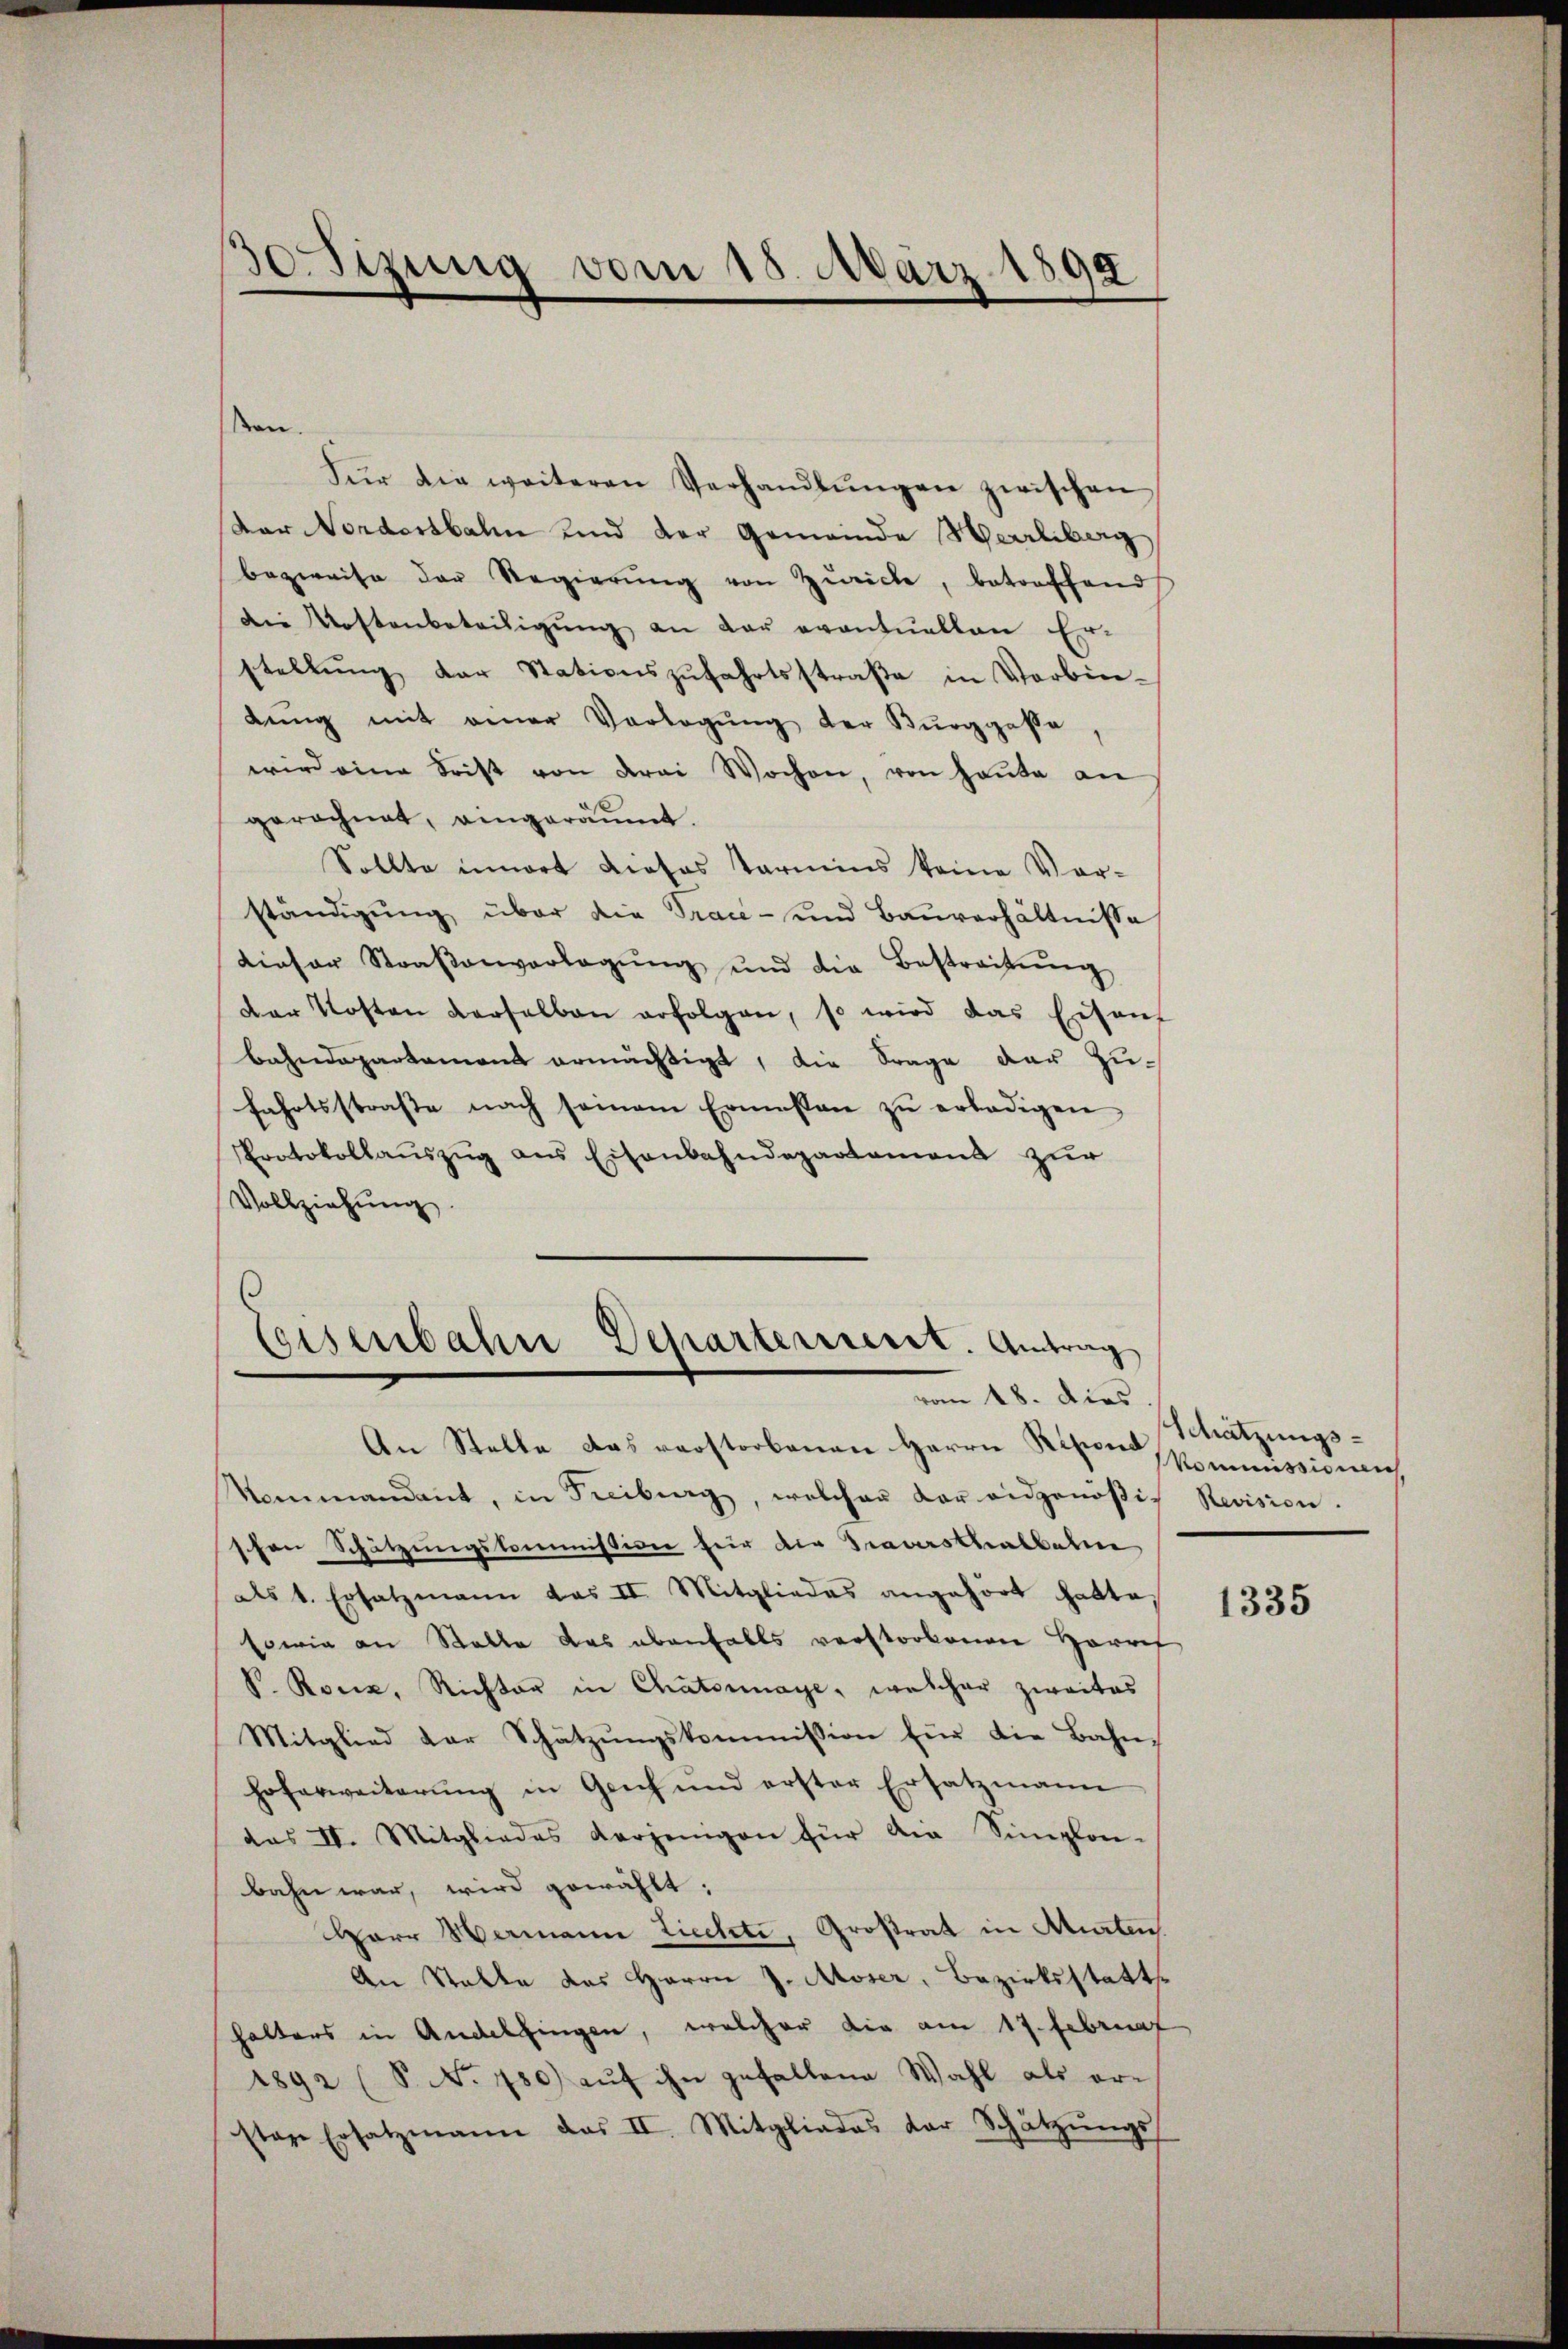
30 Sizung vom 15. März 1899

kan.
Für die weiteren Verhandlŭngen zwischen
Dar Nordostbahn und der Gemeinde Herrliberg
bezweife der Regierŭng von Zürich, betreffend
Die Kostenbeteiligŭng an der eventuellen Er-
stellŭng der Stationszŭfahrtsstraße in Verbin-
bŭng mit einer Vorlegŭng der Bürggasse
wird eine Frist von drei Wochen, von heute an
gerechnet, eingeräumt.
Sollte innert Liefes tarmens keine Vor-
ständigŭng über die Trace- und Baŭverhältnisse
Lieser Straβenverlegŭng und die Bestreitŭng
der Kosten derselben erfolgen, so wird das Eisenf
Bahndepartament ermächtigt, die Frage der Zufahrtsstraße nach seinem Ermessen zŭ erledigen
Protokollaŭszŭg ans Eisenbahndepartamens zur
Vollziehŭng.
6

Eisenbahre Departerrect. Antrag
vom 18. dies

An Stelle das verstorbenen Herrn Risiond
Nommandant, in Freiburg, welcher der eidgenößig Revision.
schen Schätzungskommissione für die Gravasthalbahne
als 1. Ersatzmann das II. Mitgliedes angehört hatte.
sowie an Stalle das ebenfalls verstorbenen Herref
V. Ronz, Richter in Chatornaye, welcher zweites
Mitglied der Schätzŭngskommission für die Bahn-
Hoferweiterŭng in Geich und erster Ersatzmann
das IV. Mitgliedes derjenigen für am Simplon-
bahn war, wird gewählt:
Harr Hermann Liechte, Großrat in Murten.
An Stalle das Herrn J. Moser, Bezirksstatthalters in Andelfingen, welcher die am 17. Februa
1892 (S. Nr. 780 aŭf ihn gefallene Wahl als erstere Ersatzmann das II. Mitgliedes der Schätzŭngs

Schätzungs¬
Kommissionen

1335